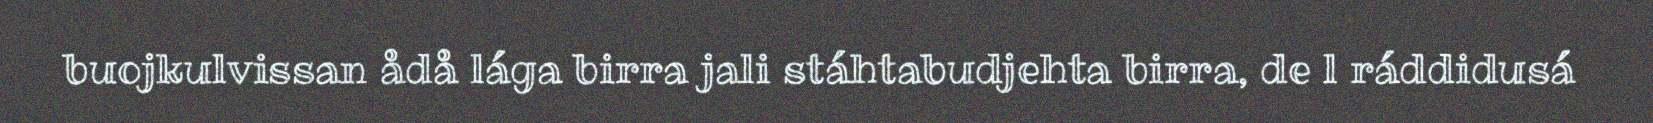
buojkulvissan ådå lága birra jali stáhtabudjehta birra, de l ráddidusá